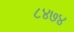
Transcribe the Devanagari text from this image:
८४७४